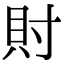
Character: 𧴫